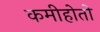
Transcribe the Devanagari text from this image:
कमीहोतो